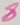
Text: 8